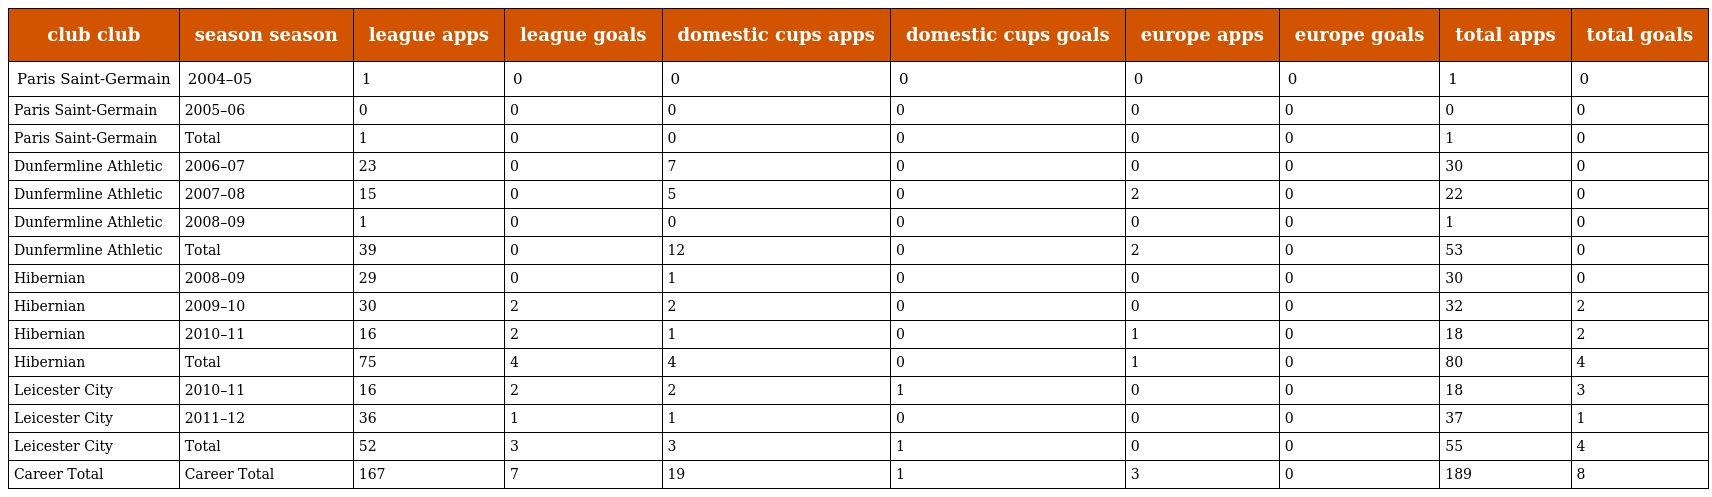
| club club | season season | league apps | league goals | domestic cups apps | domestic cups goals | europe apps | europe goals | total apps | total goals |
 | --- | --- | --- | --- | --- | --- | --- | --- | --- | --- |
 | Paris Saint-Germain | 2004–05 | 1 | 0 | 0 | 0 | 0 | 0 | 1 | 0 |
 | Paris Saint-Germain | 2005–06 | 0 | 0 | 0 | 0 | 0 | 0 | 0 | 0 |
 | Paris Saint-Germain | Total | 1 | 0 | 0 | 0 | 0 | 0 | 1 | 0 |
 | Dunfermline Athletic | 2006–07 | 23 | 0 | 7 | 0 | 0 | 0 | 30 | 0 |
 | Dunfermline Athletic | 2007–08 | 15 | 0 | 5 | 0 | 2 | 0 | 22 | 0 |
 | Dunfermline Athletic | 2008–09 | 1 | 0 | 0 | 0 | 0 | 0 | 1 | 0 |
 | Dunfermline Athletic | Total | 39 | 0 | 12 | 0 | 2 | 0 | 53 | 0 |
 | Hibernian | 2008–09 | 29 | 0 | 1 | 0 | 0 | 0 | 30 | 0 |
 | Hibernian | 2009–10 | 30 | 2 | 2 | 0 | 0 | 0 | 32 | 2 |
 | Hibernian | 2010–11 | 16 | 2 | 1 | 0 | 1 | 0 | 18 | 2 |
 | Hibernian | Total | 75 | 4 | 4 | 0 | 1 | 0 | 80 | 4 |
 | Leicester City | 2010–11 | 16 | 2 | 2 | 1 | 0 | 0 | 18 | 3 |
 | Leicester City | 2011–12 | 36 | 1 | 1 | 0 | 0 | 0 | 37 | 1 |
 | Leicester City | Total | 52 | 3 | 3 | 1 | 0 | 0 | 55 | 4 |
 | Career Total | Career Total | 167 | 7 | 19 | 1 | 3 | 0 | 189 | 8 |